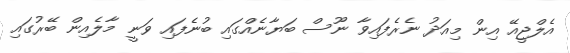
އެލްޖީއޭ އިން މިއަދު ނެރެފައިވާ ނޫސް ބަޔާނެއްގައި ބުނެފައި ވަނީ މާލެއިން ބޭރުގައި